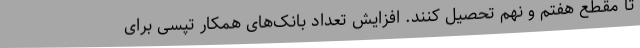
تا مقطع هفتم و نهم تحصیل کنند. افزایش تعداد بانک‌های همکار تپسی برای